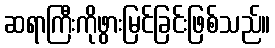
ဆရာကြီးကိုဖွားမြင်ခြင်းဖြစ်သည်။